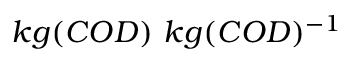
k g ( C O D ) \ k g ( C O D ) ^ { - 1 }